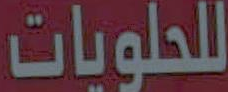
للحلويات